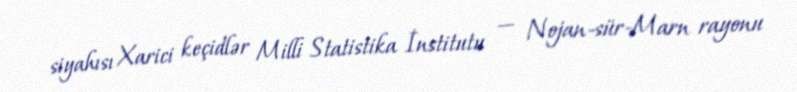
siyahısı Xarici keçidlər Milli Statistika İnstitutu — Nojan-sür-Marn rayonu